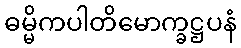
ဓမ္မိကပါတိမောက္ခဋ္ဌပနံ